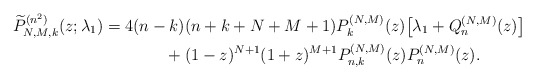
\begin{gather*} \widetilde{P}_{N,M,k}^{( n^{2}) }( z; \lambda_1) =4( n-k) ( n+k+N+M+1) P_{k}^{(N,M) }(z) \big[ \lambda _{1}+Q_{n}^{(N,M) }(z) \big] \\\hphantom{\widetilde{P}_{N,M,k}^{( n^{2}) }( z; \lambda_1) =}{}+(1-z) ^{N+1}(1+z) ^{M+1}P_{n,k}^{( N,M) }(z) P_{n}^{(N,M) }(z) .\end{gather*}